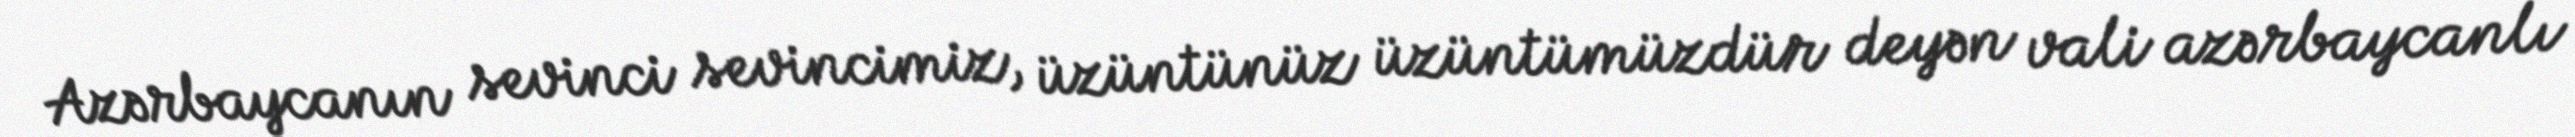
Azərbaycanın sevinci sevincimiz, üzüntünüz üzüntümüzdür deyən vali azərbaycanlı